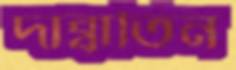
দাব্বাতিন